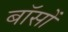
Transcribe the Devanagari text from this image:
बॉसों